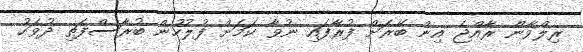
ރިލްވާން ރާއްޖެ އިން ބޭރަށް ފުރާފައި ނުވާ ކަމަށް ފުލުހުން ބުރާސްފަތި ދުވަހު